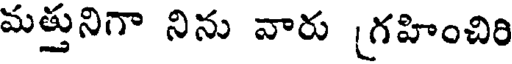
మత్తునిగా నిను వారు [గహించిరి